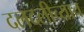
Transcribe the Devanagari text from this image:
दलदलीच्याच